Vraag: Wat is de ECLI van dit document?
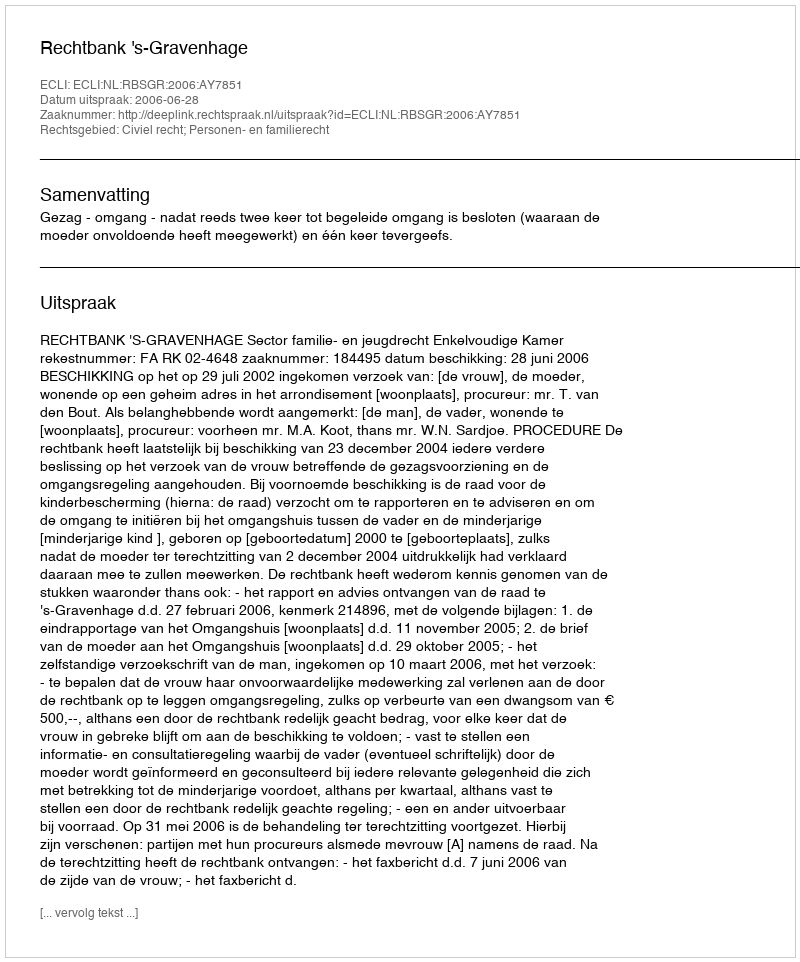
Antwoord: ECLI:NL:RBSGR:2006:AY7851